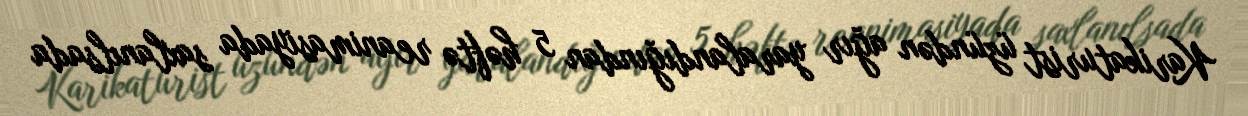
Karikaturist üzündən ağır yaralandığından 5 həftə reanimasiyada saxlanılsada